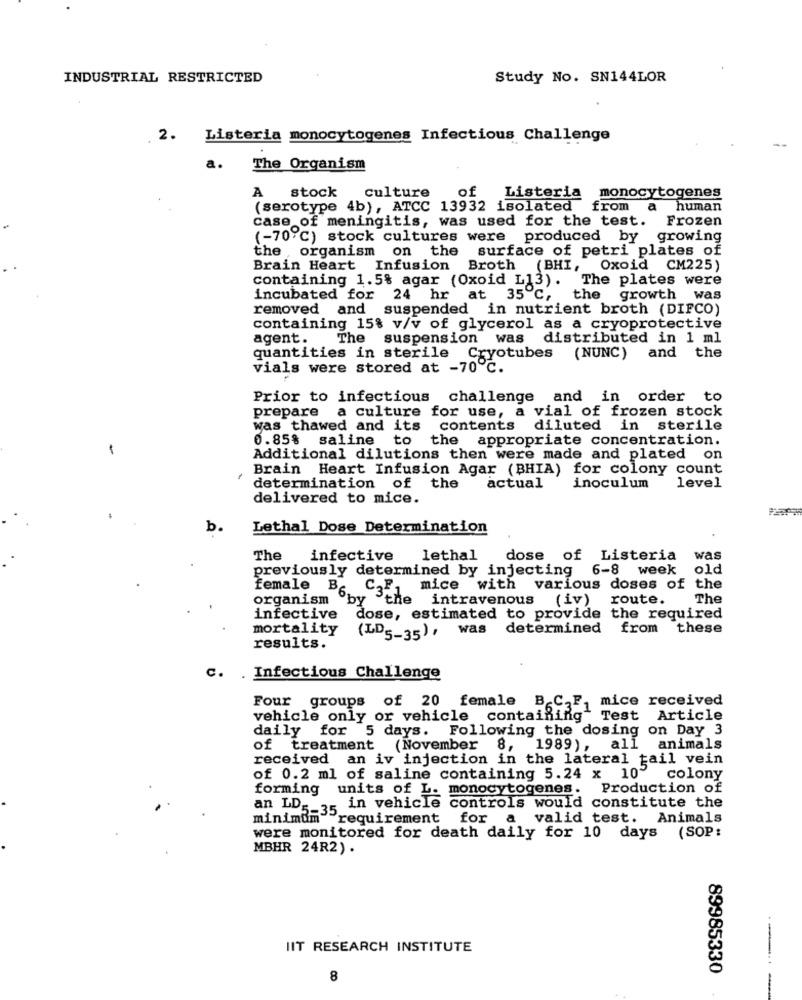
INDUSTRIAL RESTRICTED
Study No. SN144LOR
2.
Listeria monocytogenes Infectious Challenge
a.
The Organism
of
A stock
culture
Listeria monocytogenes
(serotype 4b), ATCC 13932 isolated
from a human
case of meningitis, was used for the test.
Frozen
(-70 ℃) stock cultures were produced by growing
the , organism on the surface of petri plates of
Brain Heart Infusion Broth (BHI, Oxoid CM225)
containing 1.5% agar (Oxoid L13).
The plates were
incubated for 24 hr at 35 ℃,
the
growth was
removed and suspended in nutrient broth (DIFCO)
containing 15% v/v of glycerol as a cryoprotective
agent.
The suspension was distributed in 1 ml
quantities in sterile
Cryotubes (NUNC) and the
vials were stored at -70℃.
Prior to infectious challenge and in order to
a culture for use, a vial of frozen stock
prepare
was thawed and its contents
diluted in sterile
0.85% saline to
the appropriate concentration.
-
Additional dilutions then were made and plated on
Brain Heart Infusion Agar (BHIA) for colony count
determination of
the
actual
inoculum
level
delivered to mice.
b.
Lethal Dose Determination
The
infective
lethal
dose of Listeria
was
previously determined by injecting 6-8 week
old
Female
mice with various doses of the
organism
B6ny
3the intravenous (iv)
route.
The
infective
dose, estimated to provide the required
mortality
(LD5-35) , was
determined
from these
results.
C. . Infectious Challenge
Four groups of 20 female B.C.F.
mice received
vehicle only or vehicle containing" Test Article
daily for 5 days. Following the dosing on Day 3
of treatment (November 8, 1989),
all animals
received an iv injection in the lateral tail vein
of 0.2 ml of saline containing 5.24 x 10"
colony
forming
units of L. monocytogenes.
Production of
an LD __ 3, in vehicle controls would constitute the
minimum requirement for a valid test. Animals
were monitored for death daily for 10 days (SOP:
MBHR 24R2) .
IIT RESEARCH INSTITUTE
--
89985330
8